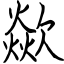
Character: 歘